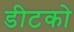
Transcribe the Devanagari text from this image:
डीटको